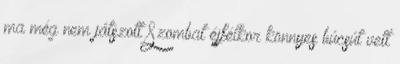
ma még nem játszott Szombat éjfélkor könnyes búcsút vett